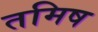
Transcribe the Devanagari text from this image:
तमिष